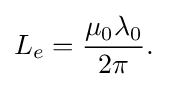
L_{e}={\frac {\mu _{0}\lambda _{0}}{2\pi }}.\